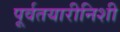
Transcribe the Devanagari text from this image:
पूर्वतयारीनिशी